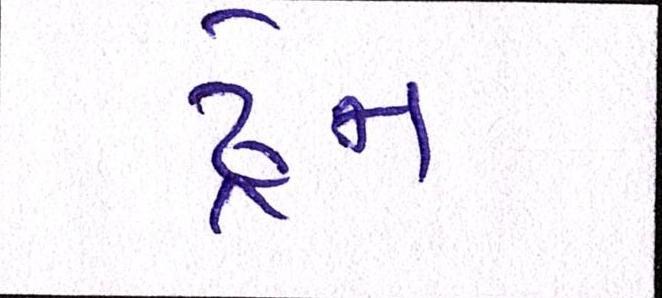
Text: ડ્રેન